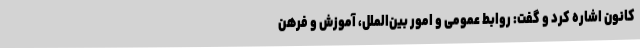
کانون اشاره کرد و گفت: روابط عمومی و امور بین‌الملل، آموزش و فرهن